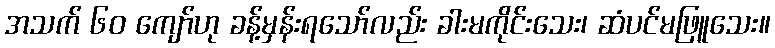
အသက် ၆၀ ကျော်ဟု ခန့်မှန်းရသော်လည်း ခါးမကိုင်းသေး၊ ဆံပင်မဖြူသေး။